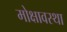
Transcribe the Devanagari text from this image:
मोक्षावस्था